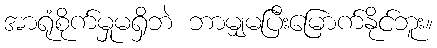
အာရုံစိုက်မှုမရှိဘဲ ဘာမျှမပြီးမြောက်နိုင်ဘူး။